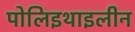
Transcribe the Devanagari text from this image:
पोलिइथाइलीन